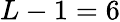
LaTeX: L-1=6